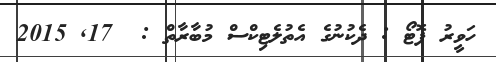
ހަވީރު ފޮޓޯ : ދެކުނުގެ އެތުލެޓިކްސް މުބާރާތް :  17